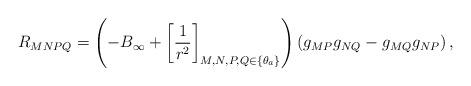
LaTeX: \begin{align*}R_{MNPQ}=\left(-B_{\infty}+\left[\frac{1}{r^2}\right]_{M,N,P,Q\in \{\theta_a\}}\right)\left(g_{MP}g_{NQ}-g_{MQ}g_{NP}\right),\end{align*}